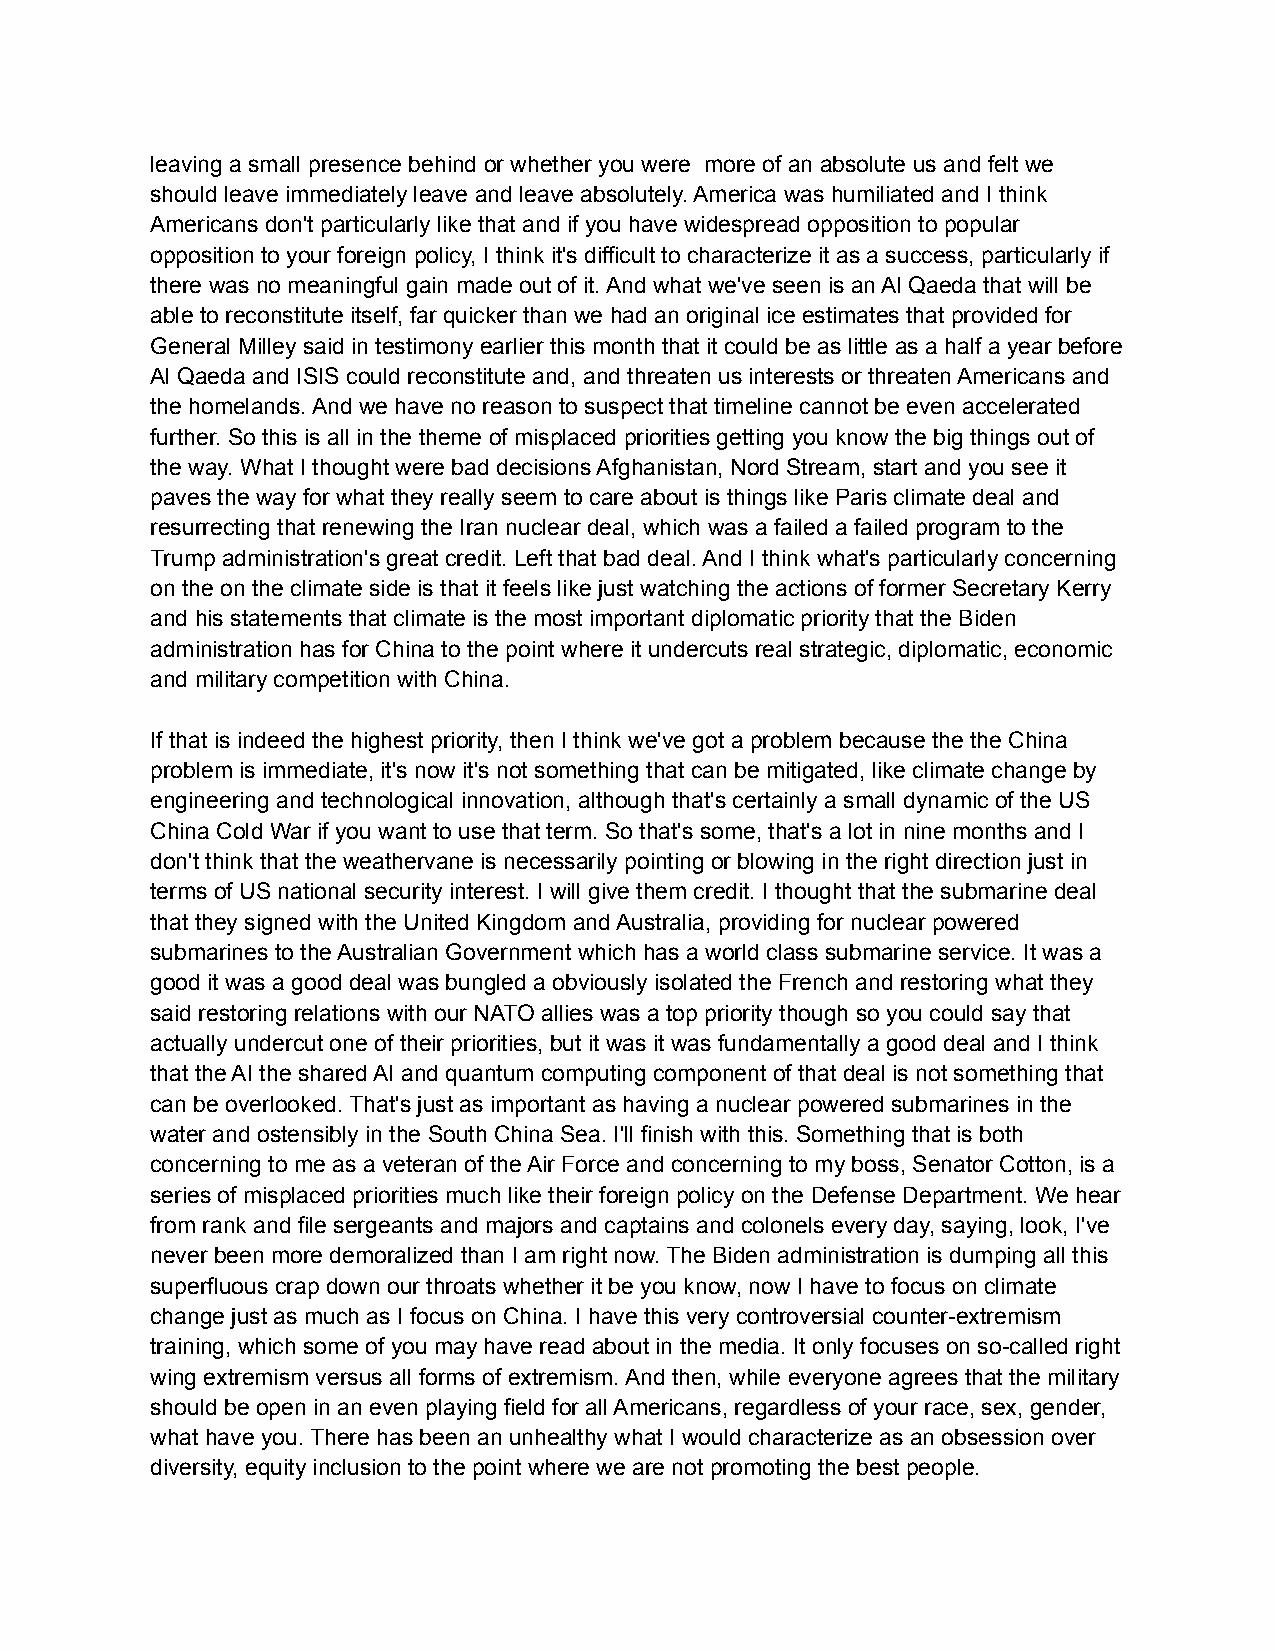
leaving a small presence behind or whether you were more of an absolute us and felt we
 should leave immediately leave and leave absolutely. America was humiliated and I think
 Americans don't particularly like that and if you have widespread opposition to popular
 opposition to your foreign policy, I think it's difficult to characterize it as a success, particularly if
 there was no meaningful gain made out of it. And what we've seen is an Al Qaeda that will be
 able to reconstitute itself, far quicker than we had an original ice estimates that provided for
 General Milley said in testimony earlier this month that it could be as little as a half a year before
 Al Qaeda and ISIS could reconstitute and, and threaten us interests or threaten Americans and
 the homelands. And we have no reason to suspect that timeline cannot be even accelerated
 further. So this is all in the theme of misplaced priorities getting you know the big things out of
 the way. What I thought were bad decisions Afghanistan, Nord Stream, start and you see it
 paves the way for what they really seem to care about is things like Paris climate deal and
 resurrecting that renewing the Iran nuclear deal, which was a failed a failed program to the
 Trump administration's great credit. Left that bad deal. And I think what's particularly concerning
 on the on the climate side is that it feels like just watching the actions of former Secretary Kerry
 and his statements that climate is the most important diplomatic priority that the Biden
 administration has for China to the point where it undercuts real strategic, diplomatic, economic
 and military competition with China.
 If that is indeed the highest priority, then I think we've got a problem because the the China
 problem is immediate, it's now it's not something that can be mitigated, like climate change by
 engineering and technological innovation, although that's certainly a small dynamic of the US
 China Cold War if you want to use that term. So that's some, that's a lot in nine months and I
 don't think that the weathervane is necessarily pointing or blowing in the right direction just in
 terms of US national security interest. I will give them credit. I thought that the submarine deal
 that they signed with the United Kingdom and Australia, providing for nuclear powered
 submarines to the Australian Government which has a world class submarine service. It was a
 good it was a good deal was bungled a obviously isolated the French and restoring what they
 said restoring relations with our NATO allies was a top priority though so you could say that
 actually undercut one of their priorities, but it was it was fundamentally a good deal and I think
 that the AI the shared AI and quantum computing component of that deal is not something that
 can be overlooked. That's just as important as having a nuclear powered submarines in the
 water and ostensibly in the South China Sea. I'll finish with this. Something that is both
 concerning to me as a veteran of the Air Force and concerning to my boss, Senator Cotton, is a
 series of misplaced priorities much like their foreign policy on the Defense Department. We hear
 from rank and file sergeants and majors and captains and colonels every day, saying, look, I've
 never been more demoralized than I am right now. The Biden administration is dumping all this
 superfluous crap down our throats whether it be you know, now I have to focus on climate
 change just as much as I focus on China. I have this very controversial counter-extremism
 training, which some of you may have read about in the media. It only focuses on so-called right
 wing extremism versus all forms of extremism. And then, while everyone agrees that the military
 should be open in an even playing field for all Americans, regardless of your race, sex, gender,
 what have you. There has been an unhealthy what I would characterize as an obsession over
 diversity, equity inclusion to the point where we are not promoting the best people.